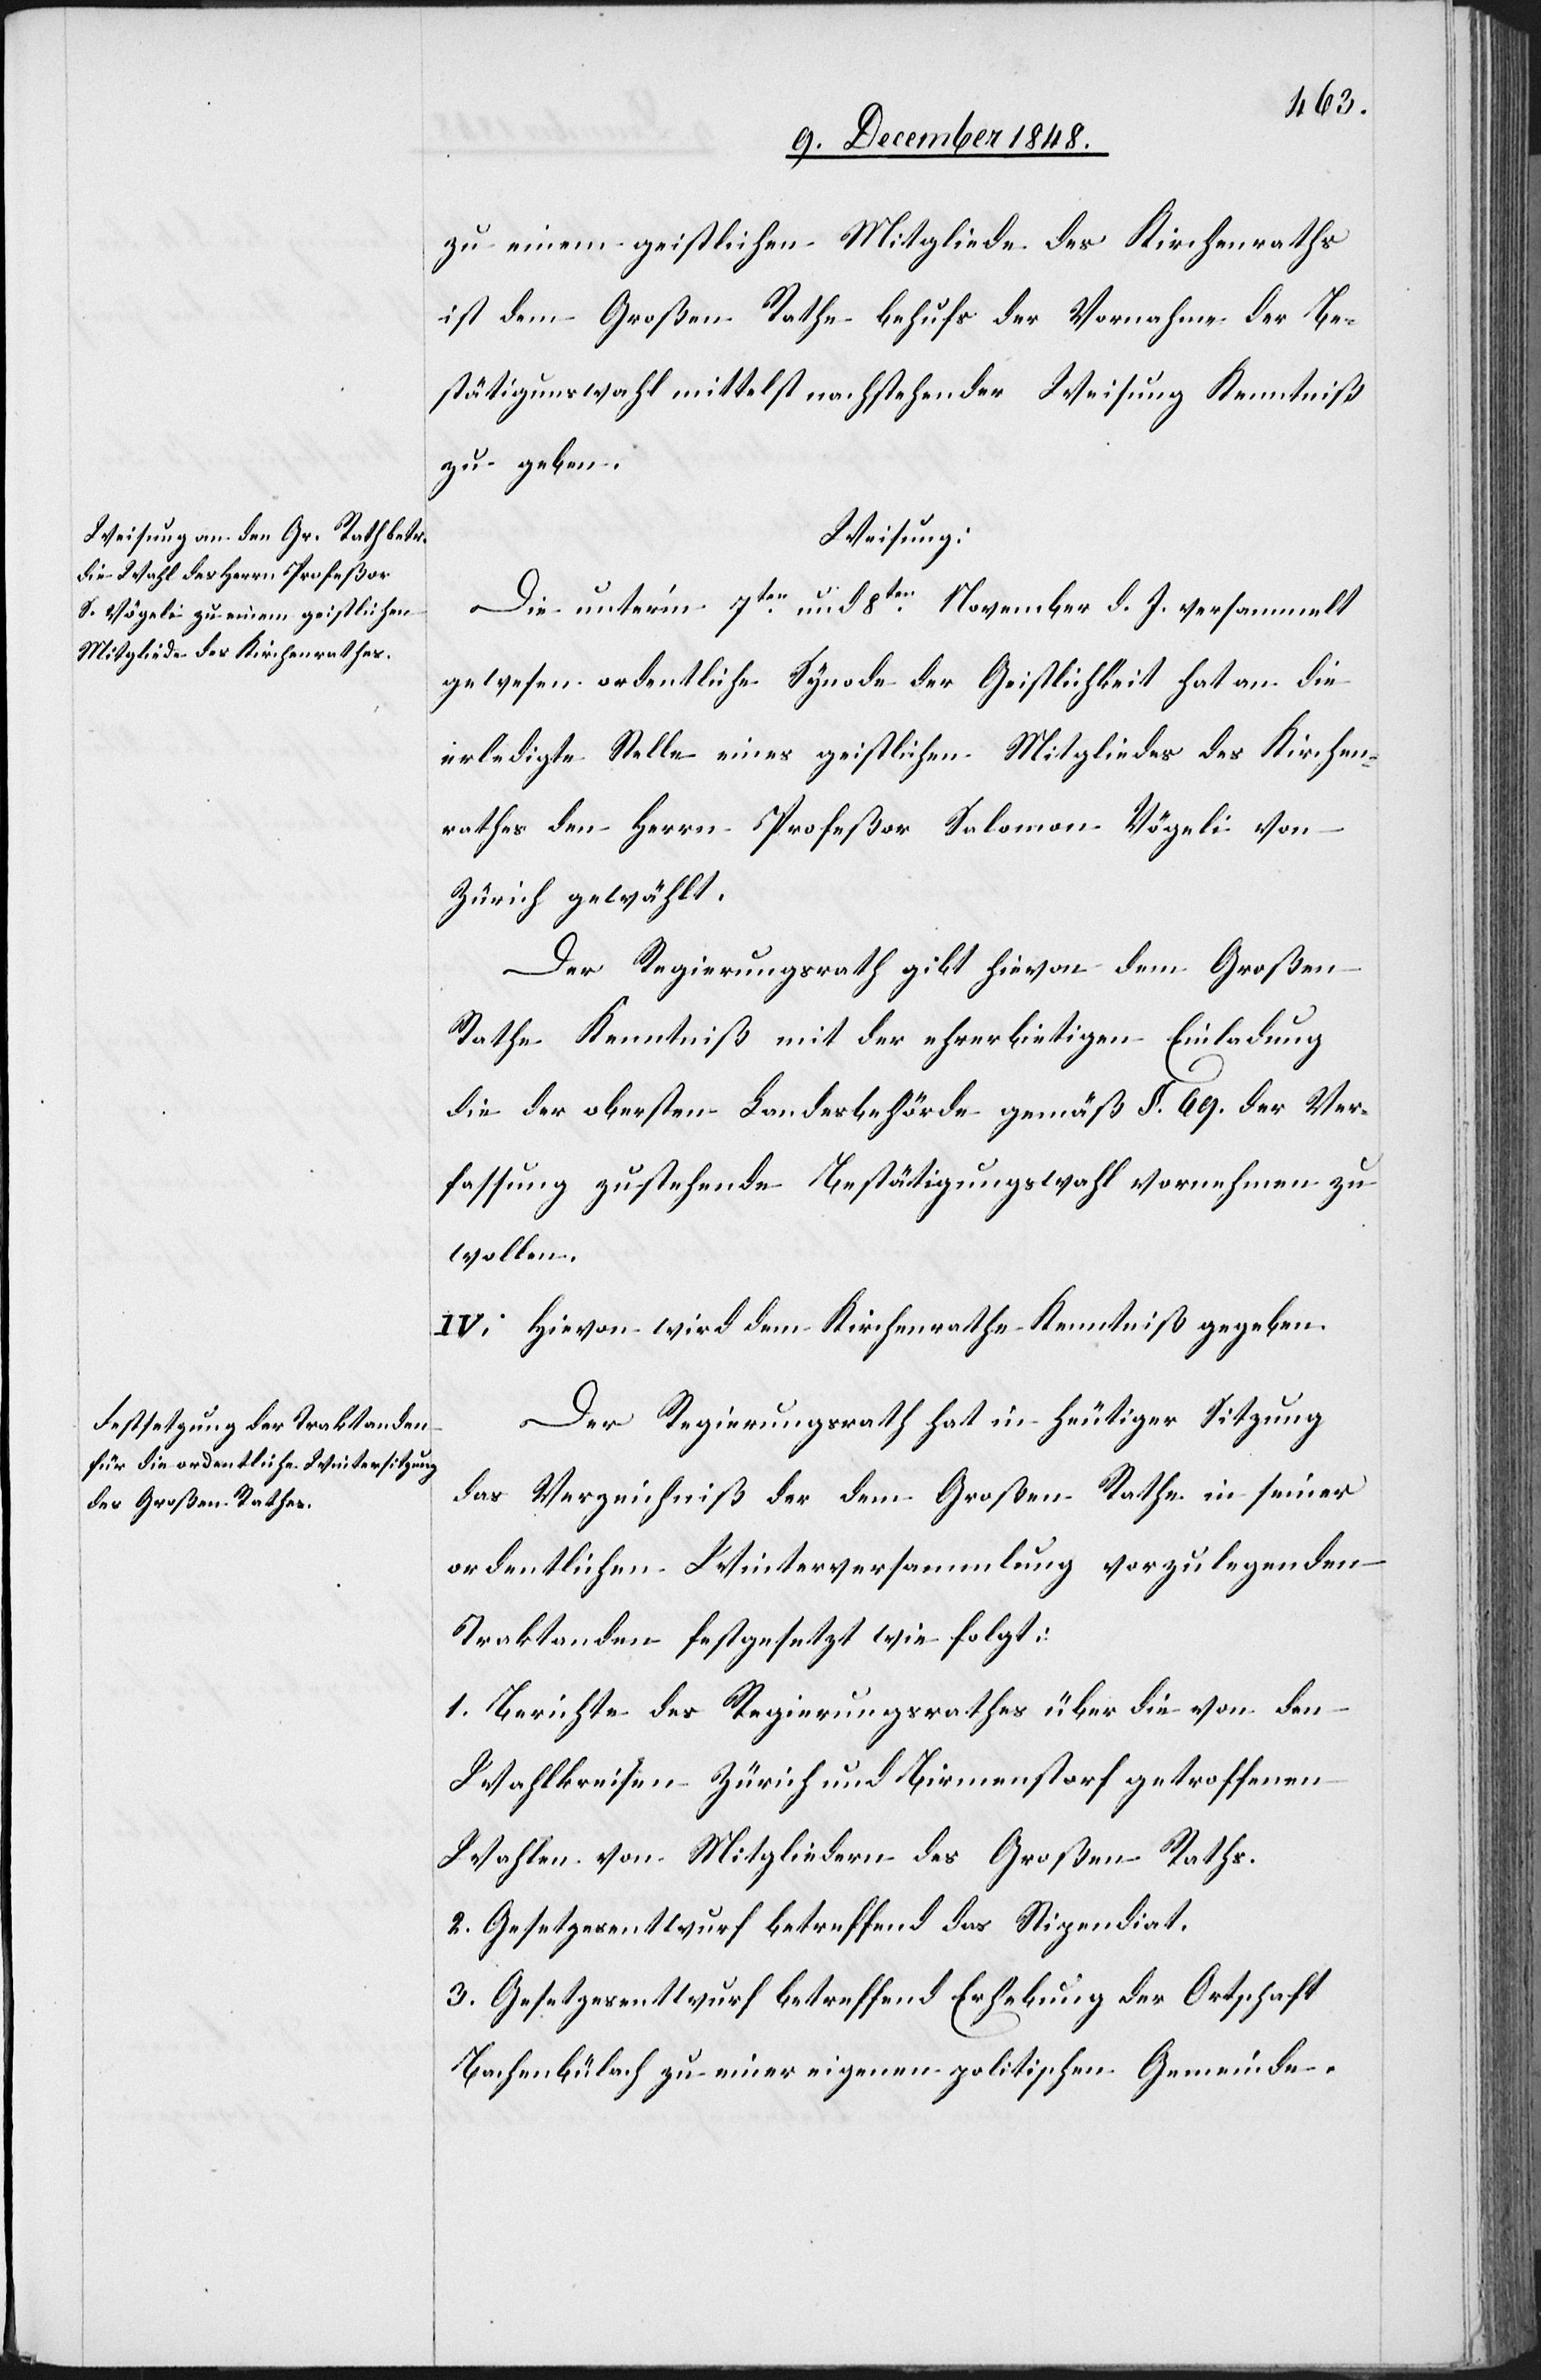
zu einem geistlichen Mitgliede des Kirchenraths
ist dem Großen Rathe behufs der Vornahme der Be¬
stätigungswahl mittelst nachstehender Weisung Kenntniß
zu geben.
Weisung:
Die unter’m 7ten und 8ten November d. J. versammelt
gewesen[e] ordentliche Synode der Geistlichkeit hat an die
erledigte Stelle eines geistlichen Mitgliedes des Kirchen¬
rathes den Herrn Profeßor Salomon Vögeli von
Zürich gewählt.
Der Regierungsrath gibt hievon dem Großen
Rathe Kenntniß mit der ehrerbietigen Einladung
die der obersten Landesbehörde gemäß §. 69. der Ver¬
fassung zustehende Bestätigungswahl vornehmen zu
wollen.
IV. Hievon wird dem Kirchenrathe Kenntniß gegeben.
Der Regierungsrath hat in heutiger Sitzung
das Verzeichniß der dem Großen Rathe in seiner
ordentlichen Winterversammlung vorzulegenden
Traktanden festgesetzt wie folgt:
1. Berichte des Regierungsrathes über die von den
Wahlkreisen Zürich und Birmenstorf getroffenen
Wahlen von Mitgliedern des Großen Raths.
2. Gesetzesentwurf betreffend das Stipendiat.
3. Gesetzesentwurf betreffend Erhebung der Ortschaft
Bachenbülach zu einer eigenen politischen Gemeinde.